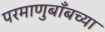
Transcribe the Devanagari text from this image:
परमाणुबाँबच्या